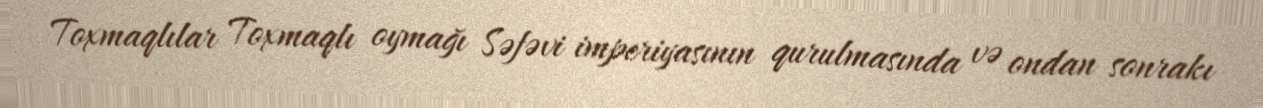
Toxmaqlılar Toxmaqlı oymağı Səfəvi imperiyasının qurulmasında və ondan sonrakı